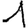
Digit: 1